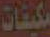
مكيفات